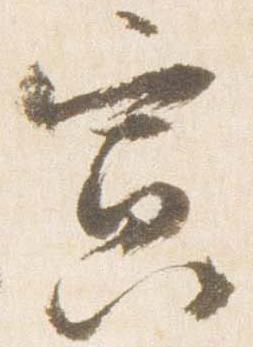
寅